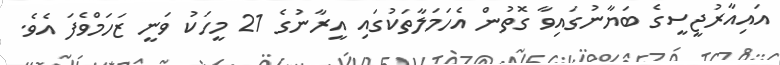
އައިއާރުޖީސީގެ ބަޔާނުގައިވާ ގޮތުން އެހަމަލާތަކުގައި އީރާނުގެ 21 މީހަކު ވަނީ ޒަހަމްވެފަ އެވެ.